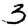
Digit: 3